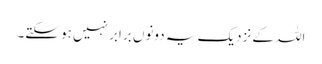
اللہ کے نزدیک یہ دونوں برابر نہیں ہو سکتے۔